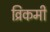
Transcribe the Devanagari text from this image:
व्रिकमी